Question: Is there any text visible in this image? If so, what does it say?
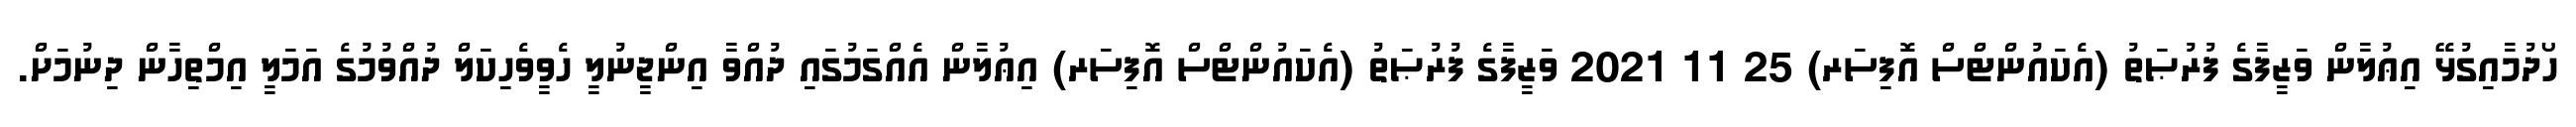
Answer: ހޯދުމާއިގުޅޭ އިޢުލާން ވަޒީފާގެ ފުރުޞަތު (އެކައުންޓްސް އޮފިސަރ) 25 11 2021 ވަޒީފާގެ ފުރުޞަތު (އެކައުންޓްސް އޮފިސަރ) އިޢުލާން އެއްގަމުގައި ދުއްވާ އިންޖީނުލީ ހެވީވެހިކަލް ދުއްވުމުގެ އަމަލީ އިމްތިހާން ދިނުމަށް.